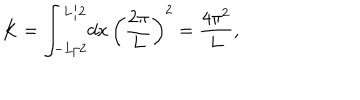
LaTeX: K = \int _ { - L / 2 } ^ { L / 2 } \! d x \, \left( \frac { 2 \pi } { L } \right) ^ { 2 } = \frac { 4 \pi ^ { 2 } } L ,